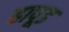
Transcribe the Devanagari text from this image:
हापूड